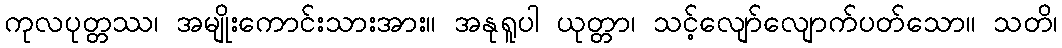
ကုလပုတ္တဿ၊ အမျိုးကောင်းသားအား။ အနုရူပါ ယုတ္တာ၊ သင့်လျော်လျောက်ပတ်သော။ သတိ၊